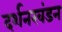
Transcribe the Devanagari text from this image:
दर्शनखंडन